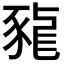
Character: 𧱠